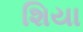
શિયા